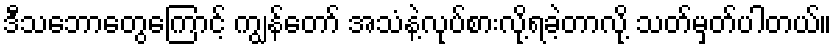
ဒီသဘောတွေကြောင့် ကျွန်တော် အသံနဲ့လုပ်စားလို့ရခဲ့တာလို့ သတ်မှတ်ပါတယ်။